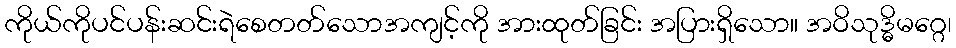
ကိုယ်ကိုပင်ပန်းဆင်းရဲစေတတ်သောအကျင့်ကို အားထုတ်ခြင်း အပြားရှိသော။ အဝိသုဒ္ဓိမဂ္ဂေ၊